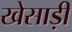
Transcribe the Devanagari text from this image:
खेसाड़ी